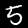
Digit: 5